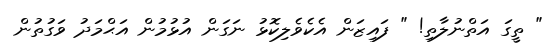
" ތީގަ އަތްނުލާތި! " ފައިޒަން އެކެވެލިކޮޅު ނަގަން އުޅުމުން އަޙްމަދު ވަގުތުން